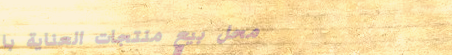
محل بيع منتجات العناية با